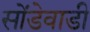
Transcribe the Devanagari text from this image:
सोंडेवाडी